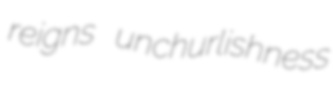
reigns unchurlishness